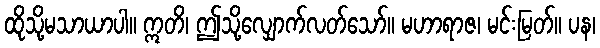
ထိုသို့မသာယာပါ။ ဣတိ၊ ဤသို့လျှောက်လတ်သော်။ မဟာရာဇ၊ မင်းမြတ်။ ပန၊